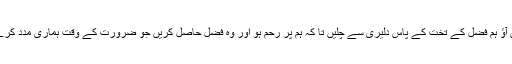
پس آﺅ ہم فضل کے تخت کے پاس دلیری سے چلیں تا کہ ہم پر رحم ہو اور وہ فضل حاصل کریں جو ضرورت کے وقت ہماری مدد کرے ۔